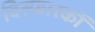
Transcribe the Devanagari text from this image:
विस्फारकों